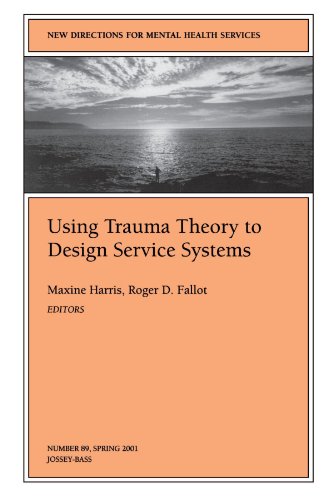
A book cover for Using Trauma Theory to Design Service Systems: New Directions for Mental Health Services, Number 89; Science & Math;